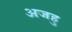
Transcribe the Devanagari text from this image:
अजहु